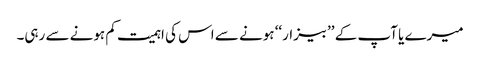
میرے یا آپ کے ’’بیزار‘‘ ہونے سے اس کی اہمیت کم ہونے سے رہی۔